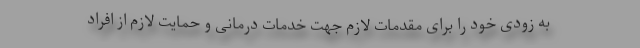
به زودی خود را برای مقدمات لازم جهت خدمات درمانی و حمایت لازم از افراد